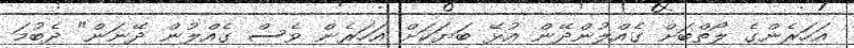
އަހަރެންގެ ލޯތްބަށް ގެއްލުންދޭން އުޅޭ ބަޔަކަށް އަހަރެން ވެސް ގެއްލުން ދޭނަން" ދެބުމަ